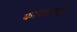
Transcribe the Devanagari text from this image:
कापसापरी